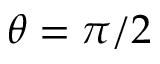
\theta = \pi / 2